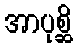
အာပုစ္ဆိ